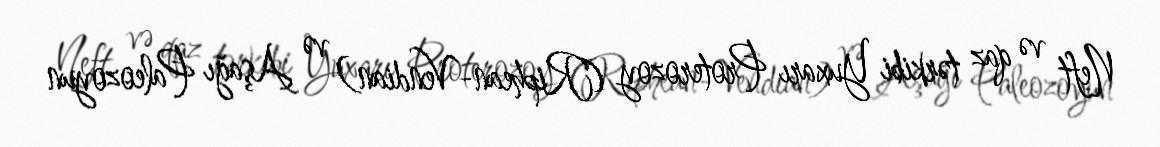
Neft və qaz tərkibi Yuxarı Proterozoy (Riphean-Vendian) və Aşağı Paleozoyun